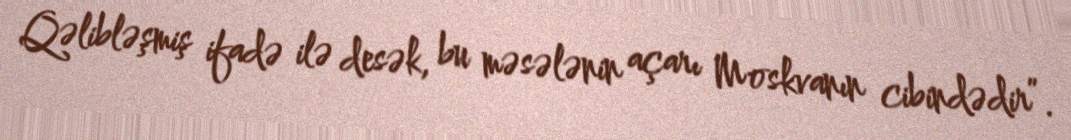
Qəlibləşmiş ifadə ilə desək, bu məsələnin açarı Moskvanın cibindədir”.